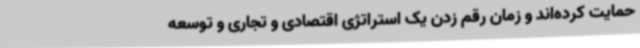
حمایت کرده‌اند و زمان رقم زدن یک استراتژی اقتصادی و تجاری و توسعه